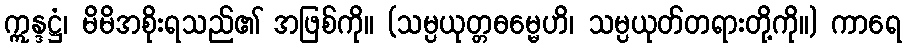
ဣန္ဒဋ္ဌံ၊ မိမိအစိုးရသည်၏ အဖြစ်ကို။ (သမ္ပယုတ္တဓမ္မေဟိ၊ သမ္ပယုတ်တရားတို့ကို။) ကာရေ